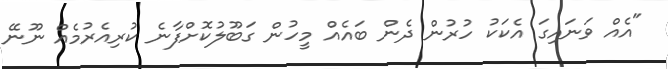
"އެއް ވަނައިގަ އެކަކު ހުރުން ދެން ބައެއް މީހުން ގަބޫލުކޮށްފާނެ ކުރިއެރުމެއް ނޫނޭ